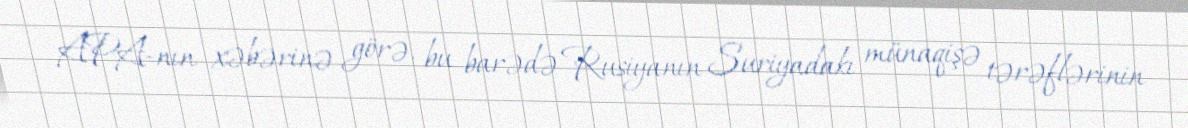
APA-nın xəbərinə görə, bu barədə Rusiyanın Suriyadakı münaqişə tərəflərinin